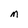
Character: M